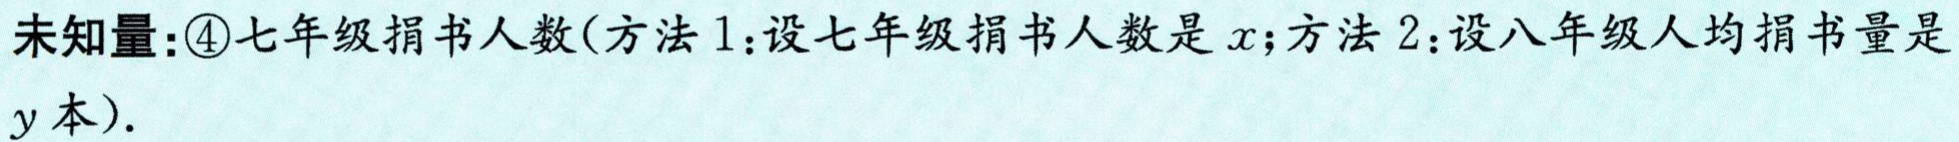
未知量：\textcircled{4}七年级捐书人数(方法1：设七年级捐书人数是\(x\)；方法2：设八年级人均捐书量是\(y\)本).